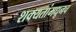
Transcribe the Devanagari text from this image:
शक्यतांमधूनच